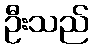
ဦးသည်